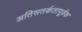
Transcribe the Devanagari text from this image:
अतिसतर्कतापूर्वक